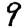
Digit: 9